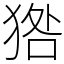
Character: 㹾